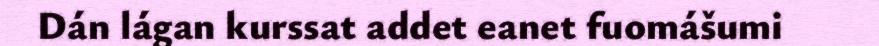
Dán lágan kurssat addet eanet fuomášumi